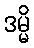
ဒမ္မိ